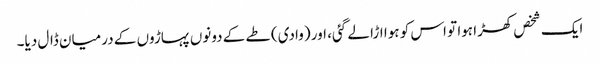
ایک شخص کھڑا ہوا تو اس کو ہوا اڑا لے گئی، اور (وادی) طے کے دونوں پہاڑوں کے درمیان ڈال دیا۔